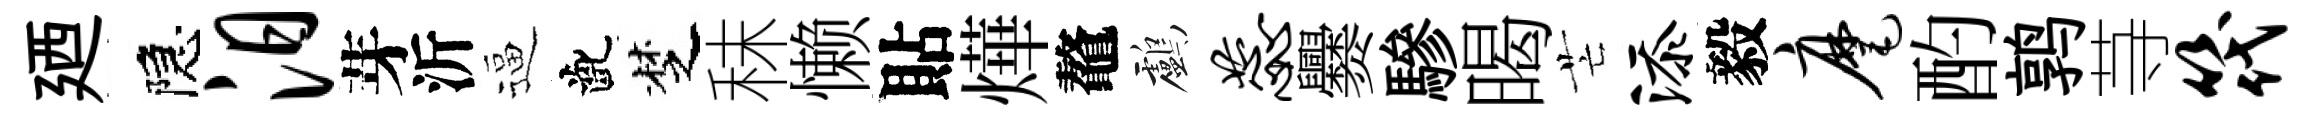
廼隠汨芽沂逼齔椘秣懒貼燁鼇鸕蕊爨驂暍芒添毅麾酌鹑䒭筏